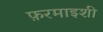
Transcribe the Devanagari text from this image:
फ़रमाइशी